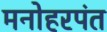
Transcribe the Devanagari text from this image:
मनोहरपंत